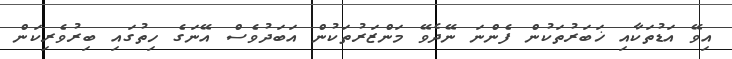
އިވޭ އަޑުތަކާއި ޚަބަރުތަކުން ފެންނަ ނޭދެވޭ މަންޒަރުތަކުން އަބަދުވެސް އޭނަގެ ހިތުގައި ބިރުވެރިކަން